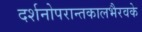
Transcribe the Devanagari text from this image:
दर्शनोपरान्तकालभैरवके